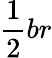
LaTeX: {\frac{1}{2}}br